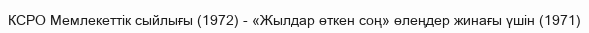
КСРО Мемлекеттік сыйлығы (1972) - «Жылдар өткен соң» өлеңдер жинағы үшін (1971)